Lunatic asylums Bombay report 1891-1903 - 1891-1903
Year: 1891
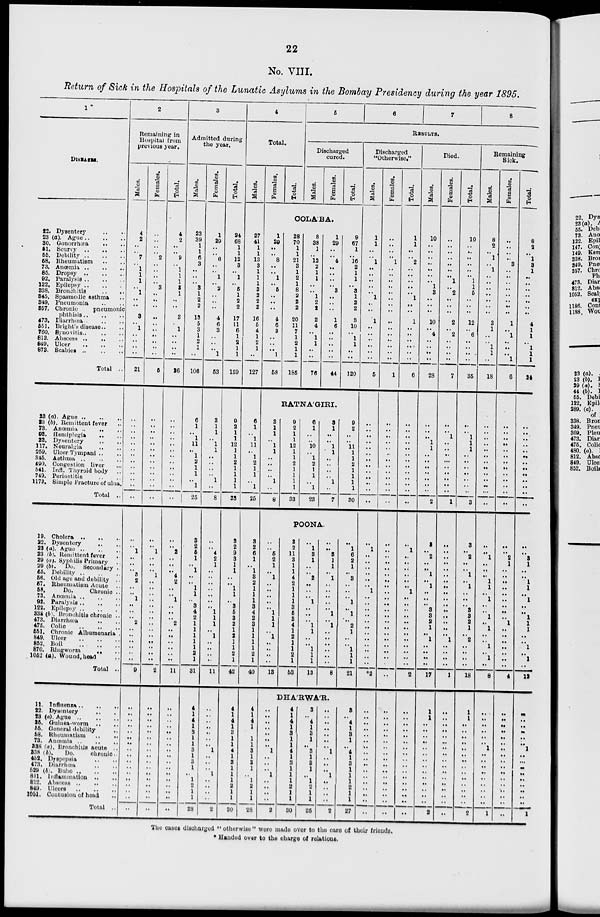
22
No. VIII.
Return of Sick in the Hospitals of the Lunatic Asylums in the Bombay Presidency during the year 1895.
1
DISEASES.
22. Dysentery .. ..
23 (a). Ague
..
..
..
30. Gonorrhœa .. ..
51. Scurvy
..
..
..
55. Debility
..
..
..
58. Rheumatism .. ..
73. Anœmia
..
..
..
85. Dropsy
..
..
..
92. Paralysis
..
..
..
122. Epilepsy
..
..
..
338. Bronchitis .. ..
345. Spasmodic asthma ..
349. Pncumonia .. ..
357.
Chronic
pneumonic
phthisis
..
..
..
473. Diarrhœa .. .. ..
551. Blight's disease .. ..
760. Synovitis
..
..
..
812. Abscess .. .. ..
849. Ulcer
..
..
..
873. Scabies
..
..
..
Total ..
23 (a) Ague .. .. ..
23 (b). Remittent fever ..
73. Anœmia .. .. ..
93. Hemiplegia .. ..
22. Dysentery .. ..
117. Neuralgia .. ..
259. Ulcer Tympani .. ..
345. Asthma .. .. ..
490. Congestion liver ...
541. Infl. Thyroid body ..
749. Periostitis .. ..
1173. Simple Fracture of ulna.
Total ..
19. Cholera .. .. ..
22. Dysentery .. ..
23 (a). Ague .. .. ..
23 (b). Remittent fever ..
29 (a). Syphilis Primary ..
29 (b). Do. Secondary ..
55. Debility
..
..
..
56. Old age and debility ..
57. Rheumatism Acute ..
58.
Do.
Chronic
..
73. Anœmia .. .. ..
92. Paralysis
..
..
..
122. Epilepsy
..
..
..
338 (b). Bronchitis chronic ..
473. Diarrhœa .. ..
475.
Colic .. .. ..
551. Chronic Albumenaria .
849. Ulcer
..
..
..
852. Boil .. .. ..
870. Ringworm. .. ..
1052 (a). Wound, head ..
Total ..
11. Influenza .. .. ..
22. Dysentery .. ..
23. (a). Ague .. .. ..
35. Guinea-worm .. ..
55. General debility ..
58. Rheumatism .. ..
73. Anœmia .. .. ..
338 (a). Bronchitis acute ..
338 (b).
Do.
chronic. ..
452. Dyspepsia .. ..
473. Diarrhœa .. ..
529 (b). Bubo .. ..
811. Inflammation .. ..
812. Abscess
..
..
..
849. Ulcers .. .. ..
1051. Coutusion of head ..
Total ..
2
Remaining in
Hospital from
previous year.
Males.
4
2
..
..
7
..
1
1
1
..
1
..
..
3
..
1
..
..
..
..
21
..
..
..
..
..
..
..
..
..
..
..
..
..
..
..
1
..
..
..
3
2
..
..
1
..
..
..
2
..
..
..
..
..
..
9
..
..
..
..
..
..
..
..
..
..
..
..
..
..
..
..
..
Females.
..
..
..
..
2
..
..
..
..
3
..
..
..
..
..
..
..
..
..
..
5
..
..
..
..
..
..
..
..
..
..
..
..
..
..
..
1
..
..
..
1
..
..
..
..
..
..
..
..
..
..
..
..
..
..
2
..
..
..
..
..
..
..
..
..
..
..
..
..
..
..
..
..
Total.
4
2
..
..
9
..
1
1
1
3
1
..
..
3
..
1
..
..
..
..
26
..
..
..
..
..
..
..
..
..
..
..
..
..
..
..
2
..
..
..
4
2
..
..
1
..
..
..
2
..
..
..
..
..
..
11
..
..
..
..
..
..
..
..
..
..
..
..
..
..
..
..
..
3
Admitted during
the year.
Males.
23
39
1
1
6
3
..
..
..
3
1
2
2
13
5
3
1
2
1
..
106
6
1
..
..
11
..
1
2
1
1
..
1
25
3
2
5
1
..
1
..
..
1
1
..
3
4
2
1
1
1
1
1
2
1
31
4
1
4
1
3
1
1
3
1
3
1
..
1
2
1
1
28
Females.
1
29
..
..
6
..
..
1
..
2
..
..
..
4
6
3
..
..
..
1
53
3
1
1
..
1
1
..
..
..
..
1
..
8
..
..
4
2
1
..
..
..
..
..
..
..
1
1
1
..
1
..
..
..
..
11
..
..
..
..
..
..
..
1
..
..
..
1
..
..
..
..
2
Total.
24
68
1
1
12
3
..
1
..
5
1
2
2
17
11
6
1
2
1
1
159
9
2
1
..
12
1
1
2
1
1
1
1
33
3
2
9
3
1
1
..
..
1
1
..
3
5
3
2
1
2
1
1
2
1
42
4
1
4
1
3
1
1
4
1
3
1
1
1
2
1
1
30
4
Total.
Males.
27
41
1
1
13
3
1
1
1
3
2
2
2
16
5
4
1
2
1
..
127
6
1
..
..
11
..
1
2
1
1
..
1
25
3
2
6
1
..
1
3
2
1
1
1
3
4
2
3
1
1
1
1
2
1
40
4
1
4
1
3
1
1
3
1
3
1
..
1
2
1
1
28
Females.
Total.
5
6
7
8
RESULTS.
Discharged
cured.
Males.
Females.
Total.
COLA'BA.
1
29
..
..
8
..
..
1
..
5
..
..
..
4
6
3
..
..
..
1
58
28
70
1
1
21
3
1
2
1
8
2
2
2
20
11
7
1
2
1
1
185
8
38
1
..
12
2
1
1
..
..
1
2
2
2
4
..
1
1
..
..
76
1
29
..
..
4
..
..
..
..
3
..
..
..
1
6
..
..
..
..
..
44
9
67
1
..
16
2
1
1
..
3
1
2
2
3
10
..
1
1
..
..
120
RATNA'GIRI.
3
1
1
..
1
1
..
..
..
..
1
..
8
9
2
1
..
12
1
1
2
1
1
1
1
33
6
1
..
..
10
..
1
2
1
1
..
1
23
3
1
..
..
1
1
..
..
..
..
1
..
7
9
2
..
..
11
1
..
..
..
..
..
..
30
POONA.
..
..
5
2
1
..
1
..
..
..
..
..
1
1
1
..
1
..
..
..
..
13
3
2
11
3
1
1
4
2
1
1
1
3
5
3
4
1
2
1
1
2
1
63
..
1
3
1
..
..
2
..
..
..
1
..
..
..
1
1
..
..
1
1
1
13
..
..
3
1
1
..
1
..
..
..
..
..
1
..
1
..
..
..
..
..
..
8
..
1
6
2
1
..
3
..
..
..
1
..
1
..
2
1
..
..
1
1
1
21
DHA'RWA'R.
..
..
..
..
..
..
..
1
..
..
..
1
..
..
..
..
2
4
1
4
1
3
1
1
4
1
3
1
1
1
2
1
1
30
3
..
4
1
3
1
..
3
1
3
1
..
1
2
1
1
25
..
..
..
..
..
..
..
1
..
..
..
1
..
..
..
..
2
3
..
4
1
3
1
..
4
1
3
1
1
1
2
1
1
27
Discharged
"Otherwise."
Males.
1
1
..
..
1
..
..
..
..
..
1
..
..
1
..
..
..
..
..
..
5
..
..
..
..
..
..
..
..
..
..
..
..
..
..
1
..
..
..
..
..
..
1
..
..
..
..
..
..
..
..
..
..
..
..
*2
..
..
..
..
..
..
..
..
..
..
..
..
..
..
..
..
..
Females.
..
..
..
..
1
..
..
..
..
..
..
..
..
..
..
..
..
..
..
..
1
..
..
..
..
..
..
..
..
..
..
..
..
..
..
..
..
..
..
..
..
..
..
..
..
..
..
..
..
..
..
..
..
..
..
..
..
..
..
..
..
..
..
..
..
..
..
..
..
..
..
..
Total.
1
1
..
..
2
..
..
..
..
..
1
..
..
1
..
..
..
..
..
..
6
..
..
..
..
..
..
..
..
..
..
..
..
..
..
1
..
..
..
..
..
..
1
..
..
..
..
..
..
..
..
..
..
..
..
2
..
..
..
..
..
..
..
..
..
..
..
..
..
..
..
..
..
Died.
Males.
10
..
..
..
..
..
..
..
1
3
..
..
..
10
..
4
..
..
..
..
28
..
..
..
1
1
..
..
..
..
..
..
..
2
3
..
2
..
..
1
..
1
..
..
..
3
3
2
1
..
1
..
..
..
..
17
1
1
..
..
..
..
..
..
..
..
..
..
..
..
..
..
2
Females.
..
..
..
..
..
..
..
1
..
2
..
..
..
2
..
2
..
..
..
..
7
..
..
1
..
..
..
..
..
..
..
..
..
1
..
..
..
..
..
..
..
..
..
..
..
..
..
..
..
..
1
..
..
..
..
1
..
..
..
..
..
...
..
..
..
..
..
..
..
..
..
..
..
Total.
10
..
..
..
..
..
..
1
1
5
..
..
..
12
..
6
..
..
..
..
35
..
..
1
1
1
..
..
..
..
..
..
..
3
3
..
2
..
..
1
..
1
..
..
..
3
3
2
1
..
2
..
..
..
..
18
1
1
..
..
..
..
..
..
..
..
..
..
..
..
..
..
2
Remaining
Sick.
Males.
8
2
..
1
..
1
..
..
..
..
..
..
..
3
1
..
..
1
1
..
18
..
..
..
..
..
..
..
..
..
..
..
...
..
..
..
1
..
..
..
1
1
..
1
..
..
1
..
1
..
..
1
..
1
..
8
..
..
..
..
..
..
1
..
..
..
..
..
..
..
..
..
1
Females.
..
..
..
..
3
..
..
..
..
..
..
..
..
1
..
1
..
..
..
1
6
..
..
..
..
..
..
..
..
..
..
..
..
..
..
..
2
1
..
..
..
..
..
..
..
..
..
1
..
..
..
..
..
..
..
4
..
..
..
..
..
..
..
..
..
..
..
..
..
..
..
..
..
Total.
8
2
..
1
3
1
..
..
..
..
..
..
..
4
1
1
..
1
1
1
24
..
..
..
..
..
..
..
..
..
..
..
..
..
..
3
1
..
..
1
1
..
1
..
..
1
1
1
..
..
1
..
1
..
12
..
..
..
..
..
..
1
..
...
..
..
..
..
..
..
..
1
The cases discharged " otherwise" were made over to the care of their friends.
* Handed over to the charge of relations.